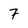
Character: 7